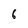
Character: 6